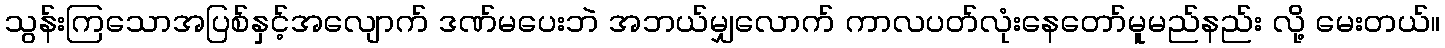
သွန်းကြသောအပြစ်နှင့်အလျောက် ဒဏ်မပေးဘဲ အဘယ်မျှလောက် ကာလပတ်လုံးနေတော်မူမည်နည်း လို့ မေးတယ်။